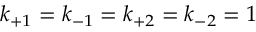
k _ { + 1 } = k _ { - 1 } = k _ { + 2 } = k _ { - 2 } = 1